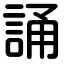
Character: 誦